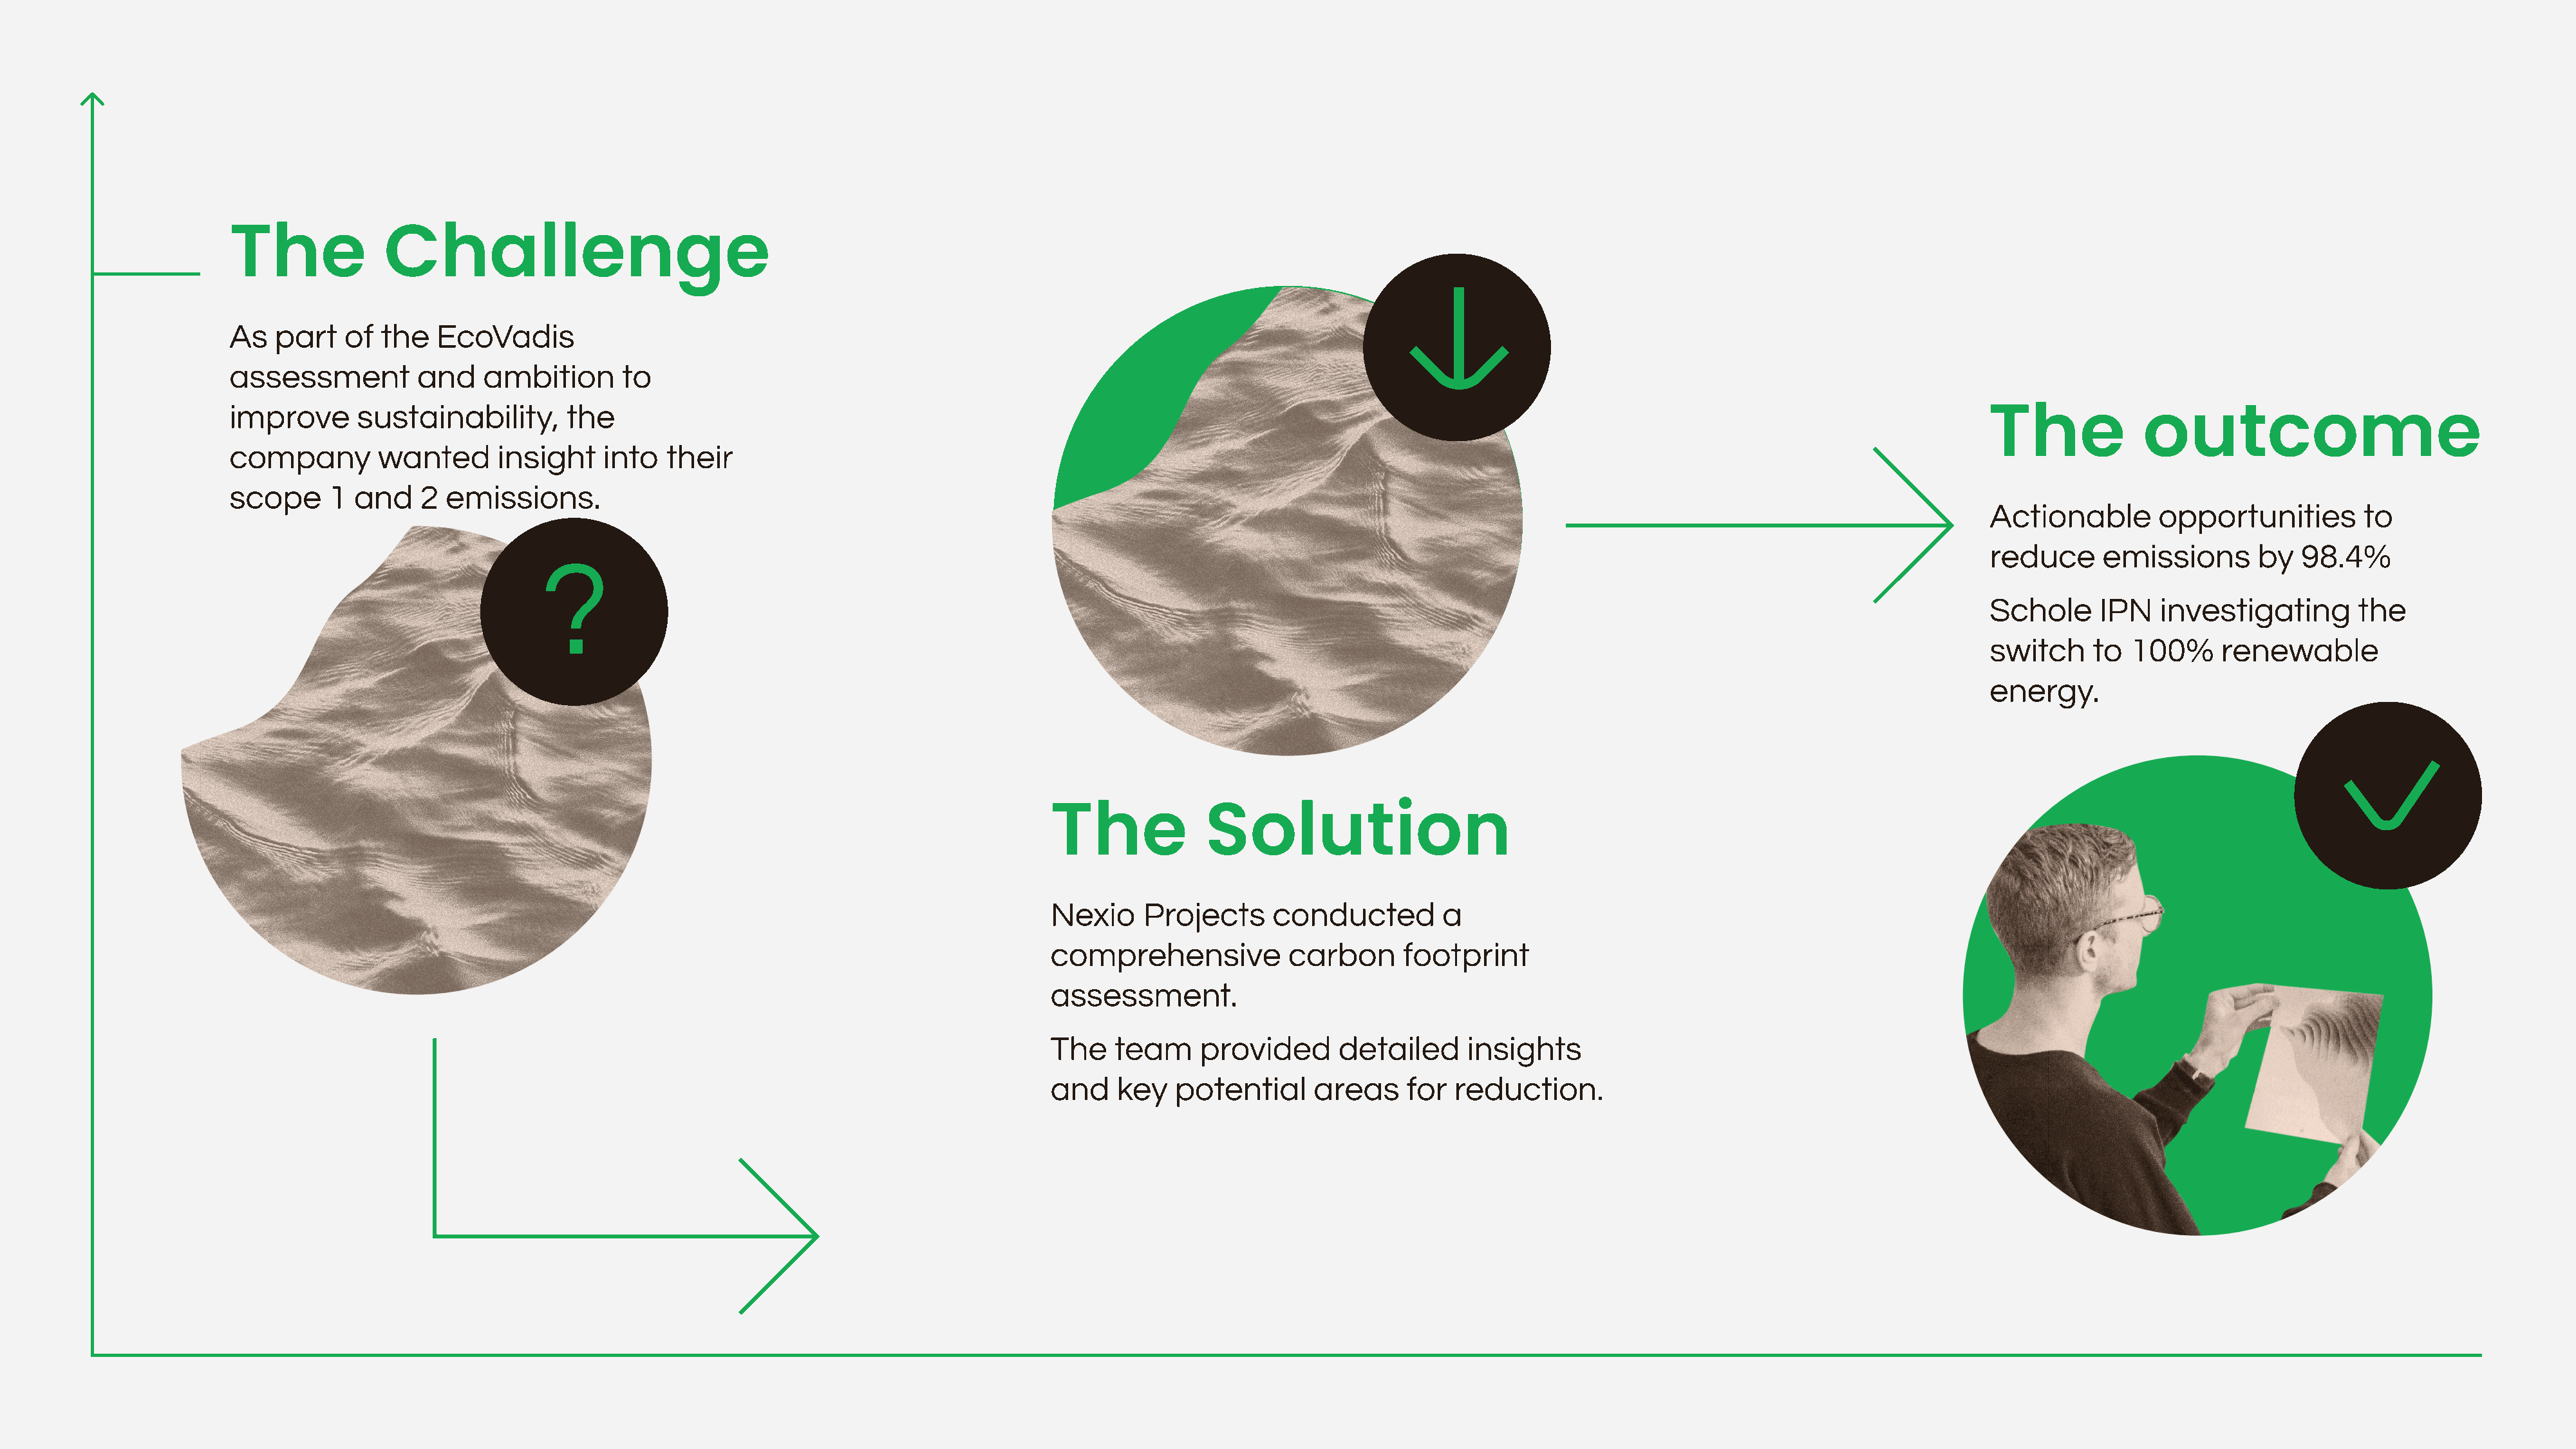
The            Challenge
 As  part   of  the   EcoVadis
 assessment         and    ambition      to
 The             outcome
 improve      sustainability,      the
 company        wanted      insight    into   their
 scope     1 and    2  emissions.
 Actionable       opportunities        to
 ?
 reduce     emissions       by   98.4%
 Schole     IPN   investigating       the
 switch    to  100%     renewable
 energy.
 The             Solution
 Nexio     Projects     conducted        a
 comprehensive           carbon      footprint
 assessment.
 The    team    provided       detailed     insights
 and    key   potential     areas     for  reduction.